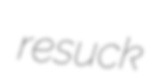
resuck